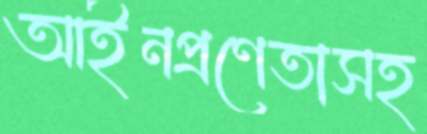
আইনপ্রণেতাসহ